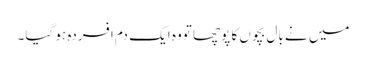
میں نے بال بچوں کا پوچھا تووہ ایک دم افسردہ ہو گیا۔